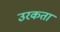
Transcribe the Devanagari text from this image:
उरकता